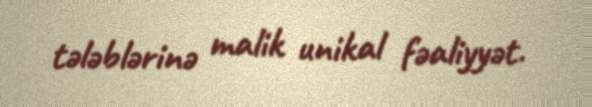
tələblərinə malik unikal fəaliyyət.